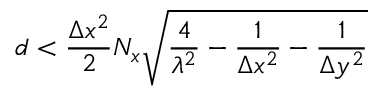
d < \frac { \Delta x ^ { 2 } } { 2 } N _ { x } \sqrt { \frac { 4 } { \lambda ^ { 2 } } - \frac { 1 } { \Delta x ^ { 2 } } - \frac { 1 } { \Delta y ^ { 2 } } }